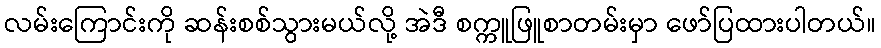
လမ်းကြောင်းကို ဆန်းစစ်သွားမယ်လို့ အဲဒီ စက္ကူဖြူစာတမ်းမှာ ဖော်ပြထားပါတယ်။